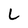
Character: L